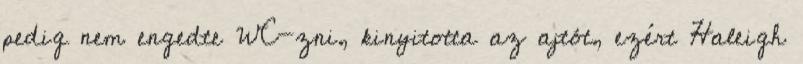
pedig nem engedte WC-zni, kinyitotta az ajtót, ezért Haleigh